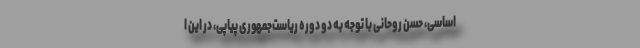
اساسی، حسن روحانی با توجه به دو دوره ریاست‌جمهوری پیاپی، در این ا